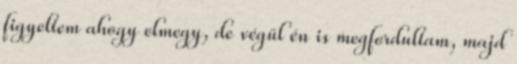
figyeltem ahogy elmegy, de végül én is megfordultam, majd